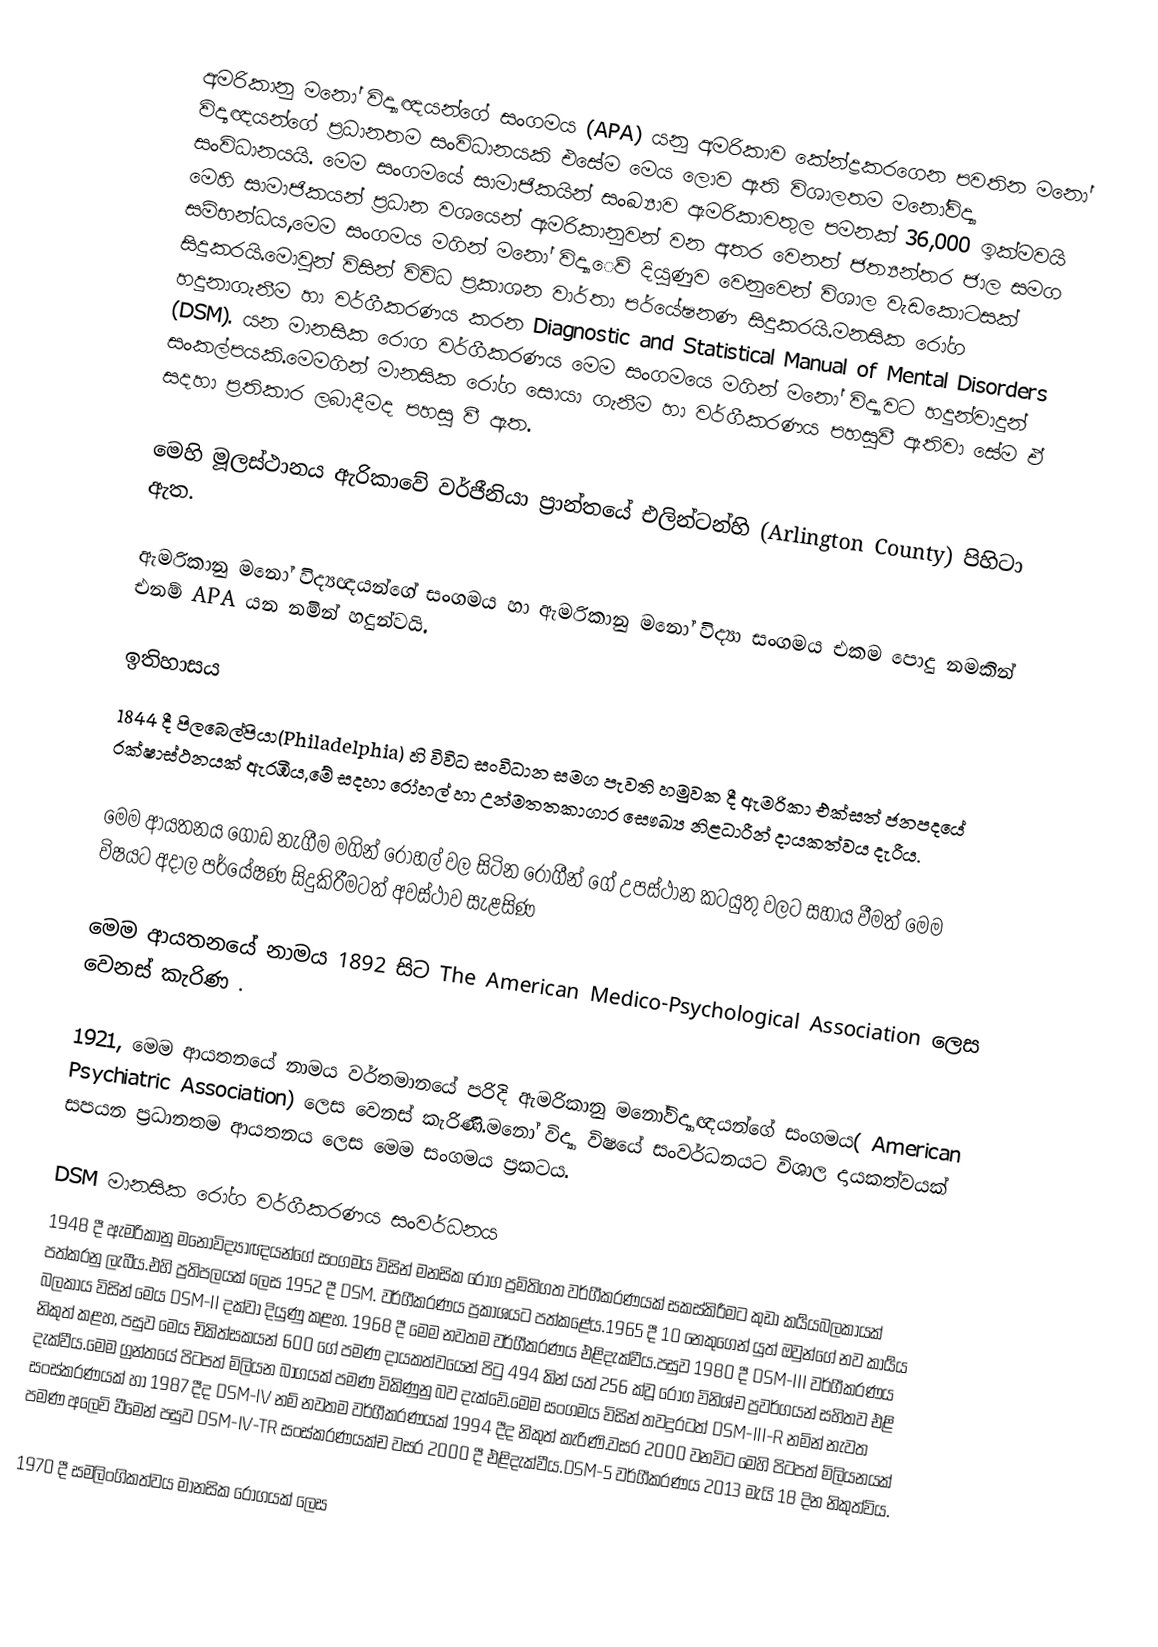
අමරිකානු මනෝ විද්‍යාඥයන්ගේ සංගමය (APA) යනු අමරිකාව කේන්ද්‍රකරගෙන පවතින මනෝ විද්‍යඥයන්ගේ ප්‍රධානතම සංවිධානයකි එසේම මෙය ලොව ඇති විශාලතම මනෝවිද්‍යා සංවිධානයයි. මෙම සංගමයේ සාමාජිකයින් සංඛ්‍යාව ඇමරිකාවතුල පමනක් 36,000 ඉක්මවයි මෙහි සාමාජිකයන් ප්‍රධාන වශයෙන් ඇමරිකානුවන් වන අතර වෙනත් ජත්‍යන්තර ජාල සමග සම්භන්ධය,මෙම සංගමය මගින් මනෝ විද්‍යාෙව් දියුණුව වෙනුවෙන් විශාල වැඩකොටසක් සිදුකරයි.මොවුන් විසින් විවිධ ප්‍රකාශන වාර්තා පර්යේෂනණ සිදුකරයි.මනසික රෝග හදුනාගැනීම හා වර්ගීකරණය කරන Diagnostic and Statistical Manual of Mental Disorders (DSM). යන මානසික රොග වර්ගීකරණය මෙම සංගමයෙ මගින් මනෝ විද්‍යාවට හදුන්වාදුන් සංකල්පයකි.මෙමගින් මානසික රෝග සොයා ගැනීම හා වර්ගීකරණය පහසුවී ඇතිවා සේම ඒ සදහා  ප්‍රතිකාර ලබාදීමද පහසු වී ඇත.

මෙහි මූලස්ථානය ඇරිකාවේ වර්ජීනියා ප්‍රාන්තයේ එලින්ටන්හි (Arlington County) පිහිටා ඇත.

ඇමරිකානු මනෝ විද්‍යඥයන්ගේ සංගමය හා ඇමරිකානු මනෝ විද්‍යා සංගමය එකම පොදු නමකින්  එනම්  APA යන නමින් හදුන්වයි.

ඉතිහාසය
1844  දී පිලබෙල්පියා(Philadelphia) හි විවිධ සංවිධාන සමග පැවති හමුවක දී ඇමරිකා එක්සත් ජනපදයේ රක්ෂාස්ථනයක් ඇරඹීය,මේ සදහා රෝහල් හා උන්මතතකාගාර සෞඛ්‍ය නිළධාරීන් දායකත්වය දැරීය.

මෙම ආයතනය ගොඩ නැගීම මගින් රෝහල් වල සිටින රෝගීන් ගේ උපස්ථාන කටයුතු වලට සහාය වීමත්  මෙම විෂයට අදාල පර්යේෂණ සිදුකිරීමටත් අවස්ථාව සැළසිණ

මෙම ආයතනයේ නාමය 1892 සිට The American Medico-Psychological Association ලෙස වෙනස් කැරිණ .

1921, මෙම ආයතනයේ නාමය වර්තමානයේ පරිදි ඇමරිකානු මනෝවිද්‍යාඥයන්ගේ සංගමය( American Psychiatric Association) ලෙස වෙනස් කැරිණි.මනෝ විද්‍යා විෂයේ සංවර්ධනයට විශාල දායකත්වයක් සපයන ප්‍රධානතම ආයතනය ලෙස මෙම සංගමය ප්‍රකටය.

DSM මානසික රෝග වර්ගීකරණය සංවර්ධනය
1948 දී ඇමරිකානු මනෝවිද්‍යාඥයන්ගේ සංගමය  විසින්  මනසික රෝග ප්‍රමිතිගත වර්ගීකරණයක් සකස්කිරීමට කුඩා කර්‍යයබලකායක් පත්කරනු  ලැබීය.එහි ප්‍රතිපලයක් ලෙස  1952 දී DSM. වර්ගීකරණය ප්‍රකාශයට පත්කළේය.1965  දී 10 නෙකුගෙන් යුත්  ඔවුන්ගේ නව කාර්‍යය බලකාය විසින් මෙය DSM-II දක්වා දියුණු කළහ. 1968 දී මෙම නවතම වර්ගීකරණය එළිදැක්වීය.පසුව 1980 දී  DSM-III වර්ගීකරණය නිකුත් කළහ, පසුව මෙය චිකිත්සකයන් 600 ගේ පමණ දායකත්වයෙන් පිටු 494 කින් යත්  256 ක්වූ රෝග විනිශ්ච ප්‍රවර්ගයන් සහිතව එළි දැක්වීය.මෙම ග්‍රන්තයේ පිටපත් මිලියන බාගයක් පමණ විකිණුනු බව දැක්වේ.මෙම සංගමය විසින් තවදුරටත් DSM-III-R නමින් නැවත සංස්කරණයක් හා 1987 දීද DSM-IV නම් නවතම වර්ගීකරණයක් 1994 දීද නිකුත් කැරිණි.වසර 2000 වනවිට මෙහි පිටපත් මිලියනයක් පමණ අලෙවි වීමෙන් පසුව  DSM-IV-TR  සංස්කරණයක්ච වසර 2000 දී එළිදැක්වීය.DSM-5  වර්ගීකරණය 2013 මැයි 18 දින නිකුත්විය.

1970 දී සමලිංගිකත්වය මානසික රෝගයක් ලෙස